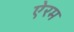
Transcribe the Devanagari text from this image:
ऐरम